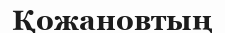
Қожановтың